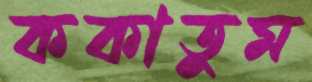
ককাতুম